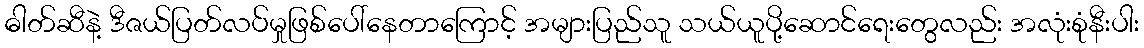
ဓါတ်ဆီနဲ့ ဒီဇယ်ပြတ်လပ်မှုဖြစ်ပေါ်နေတာကြောင့် အများပြည်သူ သယ်ယူပို့ဆောင်ရေးတွေလည်း အလုံးစုံနီးပါး